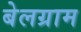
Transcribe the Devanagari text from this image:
बेलग्राम